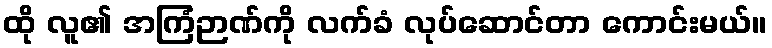
ထို လူ၏ အကြံဉာဏ်ကို လက်ခံ လုပ်ဆောင်တာ ကောင်းမယ်။